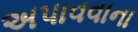
અપાવવાના